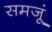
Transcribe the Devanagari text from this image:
समजूं